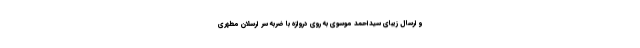
و ارسال زیبای سیداحمد موسوی به روی دروازه با ضربه سر ارسلان مطهری